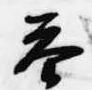
答